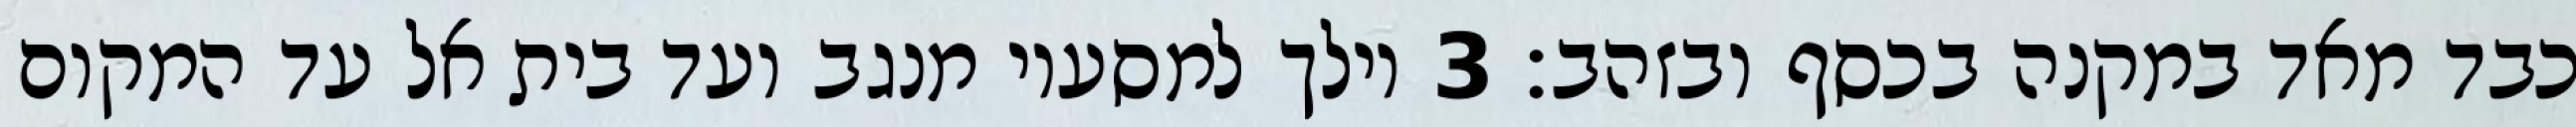
כבד מאד במקנה בכסף ובזהב׃ ‎3‏ וילך למסעיו מנגב ועד בית אל עד המקום